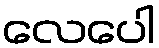
လေပေါ